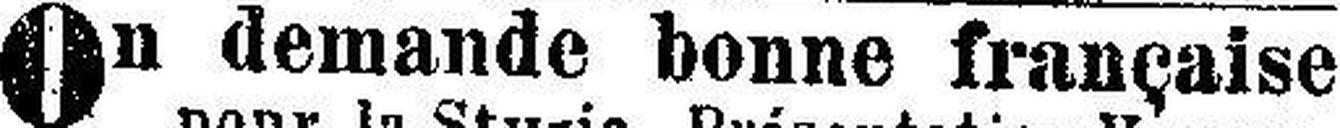
On demande bonne française